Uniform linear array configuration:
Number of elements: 12
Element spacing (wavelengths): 0.25
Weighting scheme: blackman
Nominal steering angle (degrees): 45
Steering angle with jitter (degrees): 43.603
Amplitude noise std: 0.05
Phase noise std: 0.05

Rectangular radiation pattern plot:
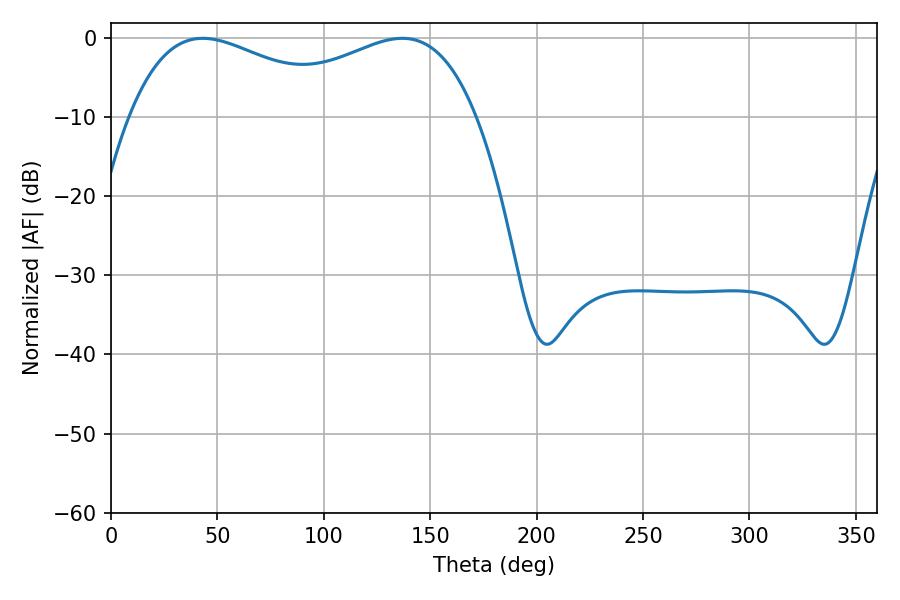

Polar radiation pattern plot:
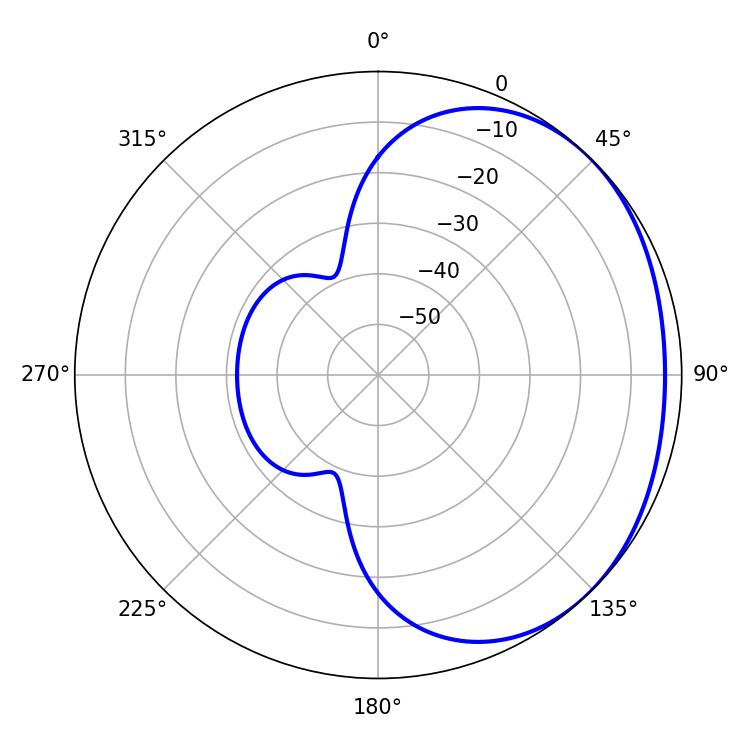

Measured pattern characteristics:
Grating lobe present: FALSE
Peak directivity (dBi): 1.681
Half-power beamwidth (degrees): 57.96
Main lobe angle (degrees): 43.2